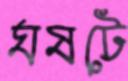
ঘষটে